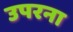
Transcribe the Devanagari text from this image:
उपरना